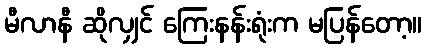
မီလာနီ ဆိုလျှင် ကြေးနန်းရုံးက မပြန်တော့။